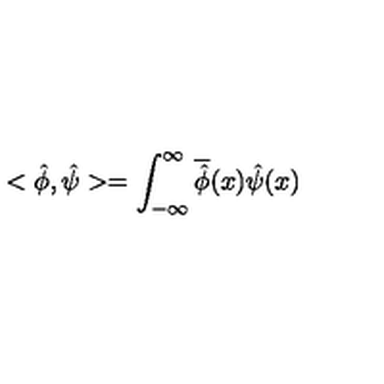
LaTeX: < \hat { \phi } , \hat { \psi } > = \int _ { - \infty } ^ { \infty } \overline { { \hat { \phi } } } ( x ) \hat { \psi } ( x )